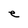
Character: e